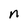
Character: n